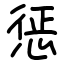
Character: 惩